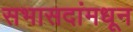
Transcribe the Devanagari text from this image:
सभासदांमधून